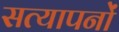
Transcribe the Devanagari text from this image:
सत्यापनों